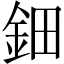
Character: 鈿